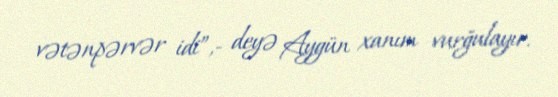
vətənpərvər idi”,- deyə Aygün xanım vurğulayır.